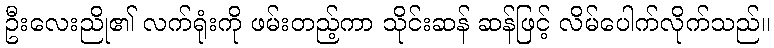
ဦးလေးညို၏ လက်ရုံးကို ဖမ်းတည့်ကာ သိုင်းဆန် ဆန်ဖြင့် လိမ်ပေါက်လိုက်သည်။